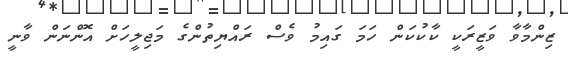
ޒިންމާވާ ވަޒީރަކީ ކާކުކަން ހަމަ ގައިމު ވެސް ރައްޔިތުންގެ މަޖިލީހަށް އޮންނަން ވާނީ